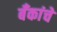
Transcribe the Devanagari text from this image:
बॅंकांचे